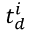
t _ { d } ^ { i }